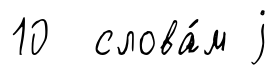
10 слова́м j